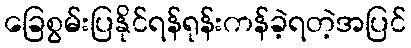
ခြေစွမ်းပြနိုင်ရန်ရုန်းကန်ခဲ့ရတဲ့အပြင်